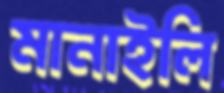
মানাইলি